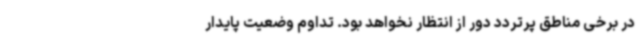
در برخی مناطق پرتردد دور از انتظار نخواهد بود. تداوم وضعیت پایدار